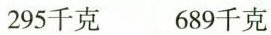
295千克 689千克